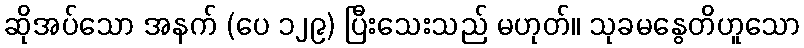
ဆိုအပ်သော အနက် (ပေ ၁၂၉) ပြီးသေးသည် မဟုတ်။ သုခမနွေတိဟူသော